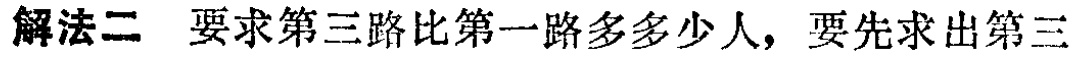
解法二 要求第三路比第一路多多少人，要先求出第三